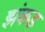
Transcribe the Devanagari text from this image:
झंकड़